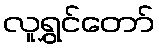
လူရွှင်တော်